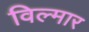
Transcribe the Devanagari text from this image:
विल्मार